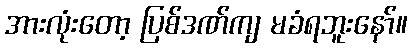
အားလုံးတော့ ပြစ်ဒဏ်ကျ မခံရဘူးနော်။